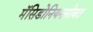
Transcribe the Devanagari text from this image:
मॅसिडोनियनसोबत